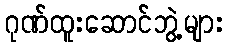
ဂုဏ်ထူးဆောင်ဘွဲ့များ